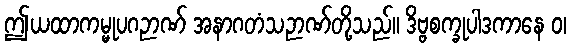
ဤယထာကမ္မုပဂဉာဏ် အနာဂတံသဉာဏ်တို့သည်။ ဒိဗ္ဗစက္ခုပါဒကာနေ ဝ၊